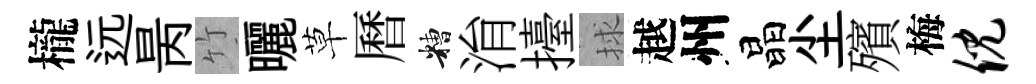
櫳远昺竹曬草曆糟㳙擡捄越州晶尘殯梅倪